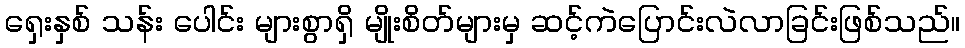
ရှေးနှစ် သန်း ပေါင်း များစွာရှိ မျိုးစိတ်များမှ ဆင့်ကဲပြောင်းလဲလာခြင်းဖြစ်သည်။